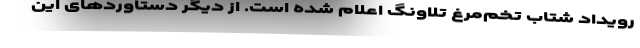
رویداد شتاب تخم‌مرغ تلاونگ اعلام شده است. از دیگر دستاوردهای این